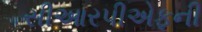
સીઆરપીએફની